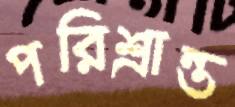
পরিশ্রান্ত